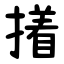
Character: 撯